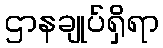
ဌာနချုပ်ရှိရာ